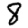
Digit: 8